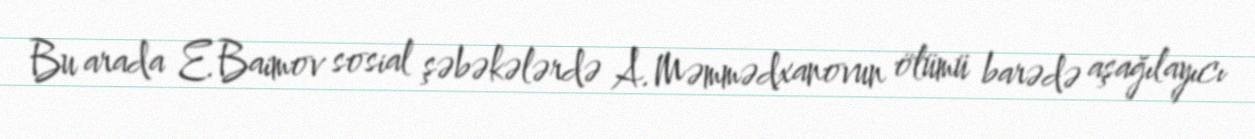
Bu arada E.Baimov sosial şəbəkələrdə A.Məmmədxanovun ölümü barədə aşağılayıcı